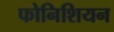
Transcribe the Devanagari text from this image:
फोनिशियन